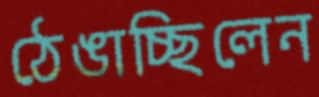
ঠেঙাচ্ছিলেন